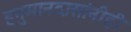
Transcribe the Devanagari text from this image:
हनुमानदासांनीही